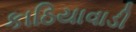
કાઠિયાવાડી